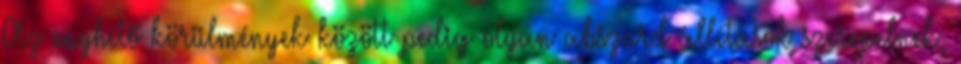
Az enyhítő körülmények között pedig olyan abszurd állítások szerepelnek,